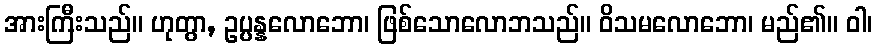
အားကြီးသည်။ ဟုတွာ, ဥပ္ပန္နလောဘော၊ ဖြစ်သောလောဘသည်။ ဝိသမလောဘော၊ မည်၏။ ဝါ၊